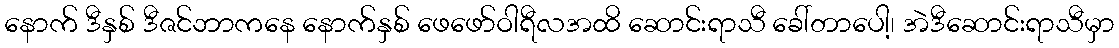
နောက် ဒီနှစ် ဒီဇင်ဘာကနေ နောက်နှစ် ဖေဖော်ဝါရီလအထိ ဆောင်းရာသီ ခေါ်တာပေါ့၊ အဲဒီဆောင်းရာသီမှာ